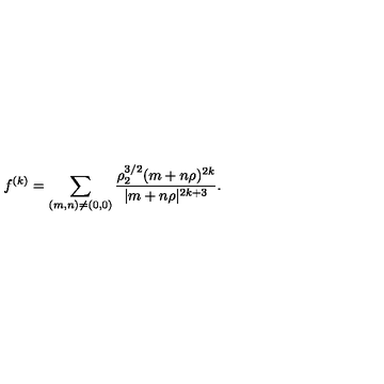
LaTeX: f ^ { ( k ) } = \sum _ { ( m , n ) \neq ( 0 , 0 ) } { \frac { \rho _ { 2 } ^ { 3 / 2 } ( m + n \rho ) ^ { 2 k } } { | m + n \rho | ^ { 2 k + 3 } } } .